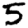
Digit: 5